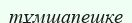
тұмшапешке